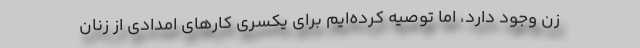
زن وجود دارد، اما توصیه کرده‌ایم برای یکسری کارهای امدادی از زنان